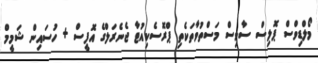
މޯލްޑިވްސް ޕޮލިސް ސާވިސް މަސްތުވާތަކެތި ޕްރޮސެކިއުޓާ ޖެނެރަލްގެ އޮފީސް + ހުސައިން ޝަމީމް